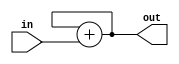
module Hello (
    input wire in,
    output reg out
);

initial begin
    $display("Hello World!");
    out = out + in;
end

endmodule //Hello